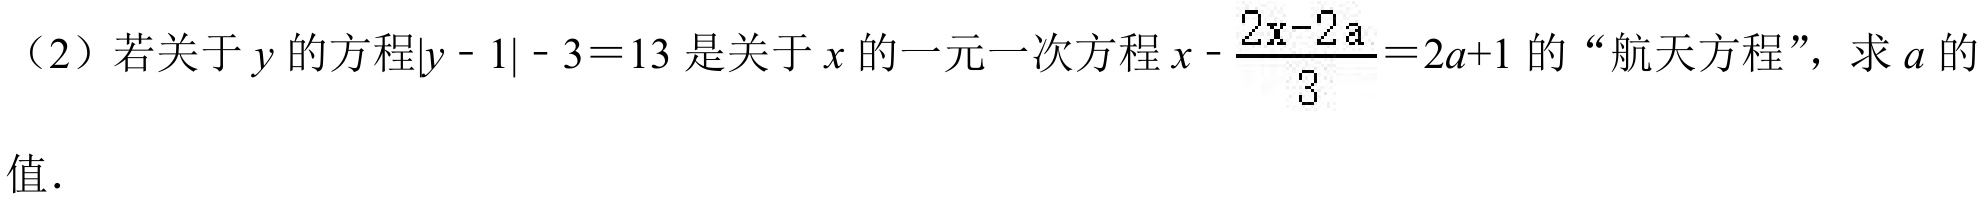
（2）若关于 \(y\) 的方程\(\vert y - 1\vert - 3 = 13\) 是关于 \(x\) 的一元一次方程 \(x - \frac{2x - 2a}{3} = 2a + 1\) 的“航天方程”，求 \(a\) 的
值．